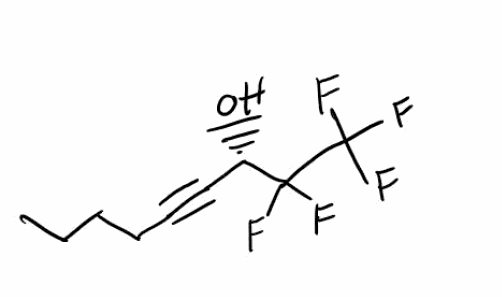
Simplified molecular-input line-entry system (SMILES) notation of the given molecule:
CCCCC#C[C@@H](C(C(F)(F)F)(F)F)O